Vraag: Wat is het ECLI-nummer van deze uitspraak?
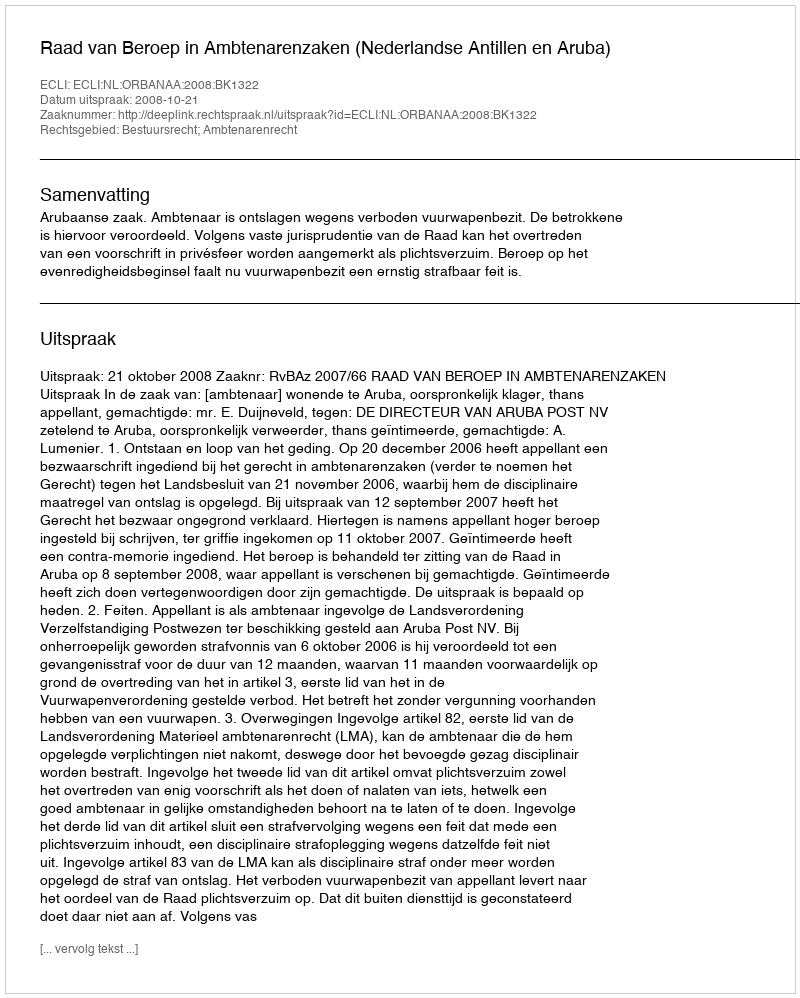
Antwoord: ECLI:NL:ORBANAA:2008:BK1322